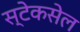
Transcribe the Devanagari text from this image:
स्टेकसेल